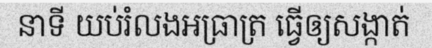
នាទី យប់រំលងអធ្រាត្រ ធ្វើឲ្យសង្កាត់